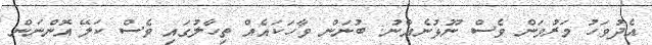
އެދުވަހު މަރުވަން ވެސް ނޫޅުނެއްނު. ބުނަން ވާހަކައެއް ތިހާލުގައި ވެސް ކަލޭ އޮންނަން